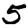
Digit: 5